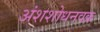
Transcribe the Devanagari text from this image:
अंशशोधनवक्र